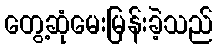
တွေ့ဆုံမေးမြန်းခဲ့သည်